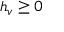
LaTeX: h _ { v } \geq 0